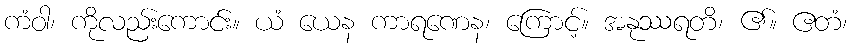
ကံဝါ၊ ကိုလည်းကောင်း။ ယံ ယေန ကာရဏေန၊ ကြောင့်။ အနုဿရတိ၊ ၏။ ဧတံ၊